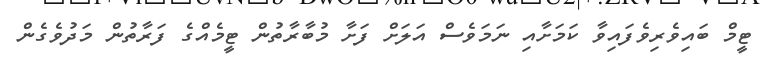
ޓީމް ބައިވެރިވެފައިވާ ކަމަށާއި ނަމަވެސް އަލަށް ފަށާ މުބާރާތުން ޓީމެއްގެ ފަރާތުން މަދުވެގެން